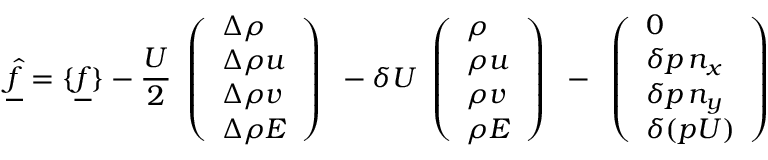
\underline { { \hat { f } } } = \{ \underline { { f } } \} - \frac { U } { 2 } \begin{array} { l } { \left( \begin{array} { l } { \Delta \rho } \\ { \Delta \rho u } \\ { \Delta \rho v } \\ { \Delta \rho E } \end{array} \right) } \end{array} - \delta U \begin{array} { l } { \left( \begin{array} { l } { \rho } \\ { \rho u } \\ { \rho v } \\ { \rho E } \end{array} \right) } \end{array} - \begin{array} { l } { \left( \begin{array} { l } { 0 } \\ { \delta p \, n _ { x } } \\ { \delta p \, n _ { y } } \\ { \delta ( p U ) } \end{array} \right) } \end{array}